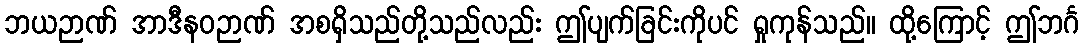
ဘယဉာဏ် အာဒီနဝဉာဏ် အစရှိသည်တို့သည်လည်း ဤပျက်ခြင်းကိုပင် ရှုကုန်သည်။ ထို့ကြောင့် ဤဘင်္ဂ